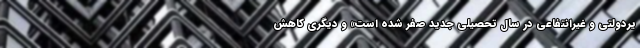
یردولتی و غیرانتفاعی در سال تحصیلی جدید صفر شده است» و دیگری کاهش